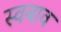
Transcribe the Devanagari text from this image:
स्वबाव